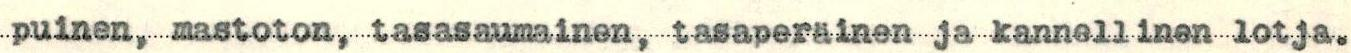
puinen, mastoton, tasasaumainen, tasaperäinen ja kannellinen lotja.